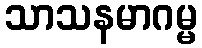
သာသနမာဂမ္မ